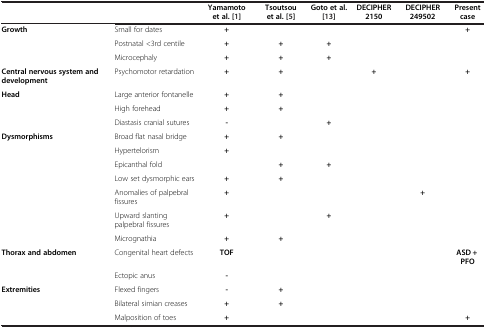
<table><thead><tr><td>[EMPTY_CELL]</td><td>[EMPTY_CELL]</td><td><b>Yamamoto et al.[1]</b></td><td><b>Tsoutsou et al.[5]</b></td><td><b>Goto et al.[13]</b></td><td><b>DECIPHER 2150</b></td><td><b>DECIPHER 249502</b></td><td><b>Present case</b></td></tr></thead><tbody><tr><td rowspan="3"><b>Growth</b></td><td>Small for dates</td><td><b>+</b></td><td>[EMPTY_CELL]</td><td>[EMPTY_CELL]</td><td>[EMPTY_CELL]</td><td>[EMPTY_CELL]</td><td><b>+</b></td></tr><tr><td>Postnatal &lt;3rd centile</td><td><b>+</b></td><td><b>+</b></td><td><b>+</b></td><td>[EMPTY_CELL]</td><td>[EMPTY_CELL]</td><td>[EMPTY_CELL]</td></tr><tr><td>Microcephaly</td><td><b>+</b></td><td><b>+</b></td><td><b>+</b></td><td>[EMPTY_CELL]</td><td>[EMPTY_CELL]</td><td>[EMPTY_CELL]</td></tr><tr><td><b>Central nervous system and development</b></td><td>Psychomotor retardation</td><td><b>+</b></td><td><b>+</b></td><td>[EMPTY_CELL]</td><td><b>+</b></td><td>[EMPTY_CELL]</td><td><b>+</b></td></tr><tr><td rowspan="3"><b>Head</b></td><td>Large anterior fontanelle</td><td><b>+</b></td><td><b>+</b></td><td>[EMPTY_CELL]</td><td>[EMPTY_CELL]</td><td>[EMPTY_CELL]</td><td>[EMPTY_CELL]</td></tr><tr><td>High forehead</td><td><b>+</b></td><td><b>+</b></td><td>[EMPTY_CELL]</td><td>[EMPTY_CELL]</td><td>[EMPTY_CELL]</td><td>[EMPTY_CELL]</td></tr><tr><td>Diastasis cranial sutures</td><td><b>-</b></td><td>[EMPTY_CELL]</td><td><b>+</b></td><td>[EMPTY_CELL]</td><td>[EMPTY_CELL]</td><td>[EMPTY_CELL]</td></tr><tr><td rowspan="7"><b>Dysmorphisms</b></td><td>Broad flat nasal bridge</td><td><b>+</b></td><td><b>+</b></td><td>[EMPTY_CELL]</td><td>[EMPTY_CELL]</td><td>[EMPTY_CELL]</td><td>[EMPTY_CELL]</td></tr><tr><td>Hypertelorism</td><td><b>+</b></td><td>[EMPTY_CELL]</td><td>[EMPTY_CELL]</td><td>[EMPTY_CELL]</td><td>[EMPTY_CELL]</td><td>[EMPTY_CELL]</td></tr><tr><td>Epicanthal fold</td><td>[EMPTY_CELL]</td><td><b>+</b></td><td><b>+</b></td><td>[EMPTY_CELL]</td><td>[EMPTY_CELL]</td><td>[EMPTY_CELL]</td></tr><tr><td>Low set dysmorphic ears</td><td><b>+</b></td><td><b>+</b></td><td>[EMPTY_CELL]</td><td>[EMPTY_CELL]</td><td>[EMPTY_CELL]</td><td>[EMPTY_CELL]</td></tr><tr><td>Anomalies of palpebral fissures</td><td><b>+</b></td><td>[EMPTY_CELL]</td><td>[EMPTY_CELL]</td><td>[EMPTY_CELL]</td><td><b>+</b></td><td>[EMPTY_CELL]</td></tr><tr><td>Upward slanting palpebral fissures</td><td><b>+</b></td><td>[EMPTY_CELL]</td><td><b>+</b></td><td>[EMPTY_CELL]</td><td>[EMPTY_CELL]</td><td>[EMPTY_CELL]</td></tr><tr><td>Micrognathia</td><td><b>+</b></td><td><b>+</b></td><td>[EMPTY_CELL]</td><td>[EMPTY_CELL]</td><td>[EMPTY_CELL]</td><td>[EMPTY_CELL]</td></tr><tr><td rowspan="2"><b>Thorax and abdomen</b></td><td>Congenital heart defects</td><td><b>TOF</b></td><td>[EMPTY_CELL]</td><td>[EMPTY_CELL]</td><td>[EMPTY_CELL]</td><td>[EMPTY_CELL]</td><td><b>ASD + PFO</b></td></tr><tr><td>Ectopic anus</td><td><b>-</b></td><td>[EMPTY_CELL]</td><td>[EMPTY_CELL]</td><td>[EMPTY_CELL]</td><td>[EMPTY_CELL]</td><td>[EMPTY_CELL]</td></tr><tr><td rowspan="2"><b>Extremities</b></td><td>Flexed fingers</td><td><b>-</b></td><td><b>+</b></td><td>[EMPTY_CELL]</td><td>[EMPTY_CELL]</td><td>[EMPTY_CELL]</td><td>[EMPTY_CELL]</td></tr><tr><td>Bilateral simian creases</td><td><b>+</b></td><td><b>+</b></td><td>[EMPTY_CELL]</td><td>[EMPTY_CELL]</td><td>[EMPTY_CELL]</td><td>[EMPTY_CELL]</td></tr><tr><td>[EMPTY_CELL]</td><td>Malposition of toes</td><td><b>+</b></td><td>[EMPTY_CELL]</td><td>[EMPTY_CELL]</td><td>[EMPTY_CELL]</td><td>[EMPTY_CELL]</td><td><b>+</b></td></tr></tbody></table>